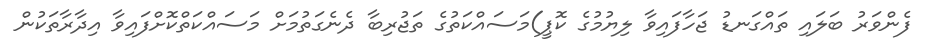
ފެންވަރު ބަލައި ތައްގަނޑު ޖަހާފައިވާ ލިޔުމުގެ ކޮޕީ)މަސައްކަތުގެ ތަޖުރިބާ ދެނެގަތުމަށް މަސައްކަތްކޮށްފައިވާ އިދާރާތަކުން